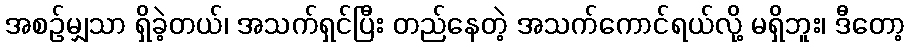
အစဉ်မျှသာ ရှိခဲ့တယ်၊ အသက်ရှင်ပြီး တည်နေတဲ့ အသက်ကောင်ရယ်လို့ မရှိဘူး၊ ဒီတော့